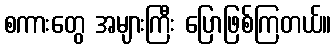
စကားတွေ အများကြီး ပြောဖြစ်ကြတယ်။